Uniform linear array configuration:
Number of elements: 4
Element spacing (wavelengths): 0.25
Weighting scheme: binomial
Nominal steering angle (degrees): -60
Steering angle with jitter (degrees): -60.08
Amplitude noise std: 0.05
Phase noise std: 0.05

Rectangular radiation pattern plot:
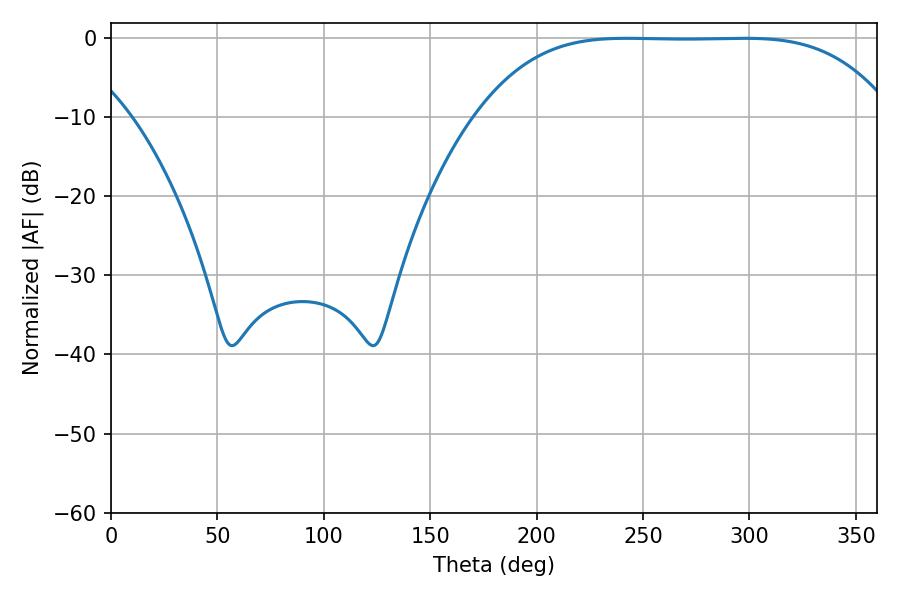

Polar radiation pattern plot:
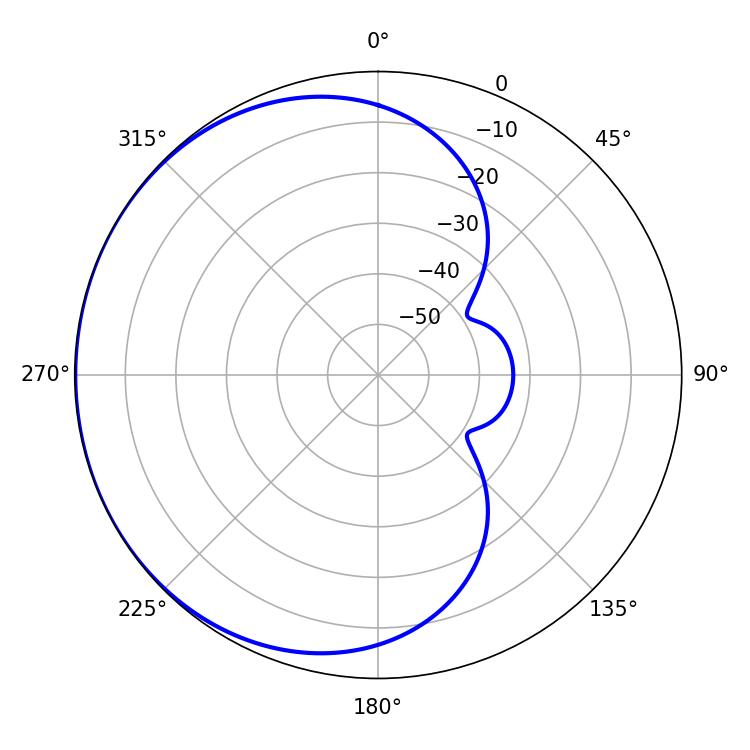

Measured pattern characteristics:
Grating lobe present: FALSE
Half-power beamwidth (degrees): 147.96
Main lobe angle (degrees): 242.46